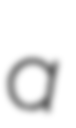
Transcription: a